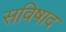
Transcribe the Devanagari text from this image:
सविषाद